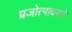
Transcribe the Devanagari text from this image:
प्रजोत्पादनाने